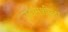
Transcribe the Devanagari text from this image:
उद्यमशीला